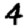
Digit: 4